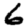
Digit: 6